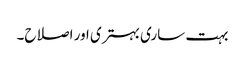
بہت ساری بہتری اور اصلاح۔